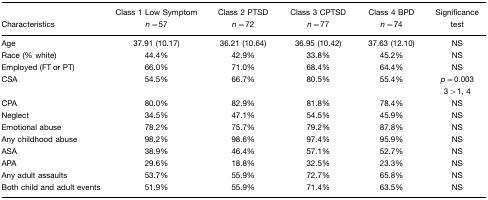
<table><thead><tr><td><b>Characteristics</b></td><td><b>Class 1 Low Symptom <i>n</i>=57</b></td><td><b>Class 2 PTSD <i>n</i>=72</b></td><td><b>Class 3 CPTSD <i>n</i>=77</b></td><td><b>Class 4 BPD <i>n</i>=74</b></td><td><b>Significance test</b></td></tr></thead><tbody><tr><td>Age</td><td>37.91 (10.17)</td><td>36.21 (10.64)</td><td>36.95 (10.42)</td><td>37.63 (12.10)</td><td>NS</td></tr><tr><td>Race (% white)</td><td>44.4%</td><td>42.9%</td><td>33.8%</td><td>45.2%</td><td>NS</td></tr><tr><td>Employed (FT or PT)</td><td>66.0%</td><td>71.0%</td><td>68.4%</td><td>64.4%</td><td>NS</td></tr><tr><td>CSA</td><td>54.5%</td><td>66.7%</td><td>80.5%</td><td>55.4%</td><td><i>p</i>=0.0033&gt;1, 4</td></tr><tr><td>CPA</td><td>80.0%</td><td>82.9%</td><td>81.8%</td><td>78.4%</td><td>NS</td></tr><tr><td>Neglect</td><td>34.5%</td><td>47.1%</td><td>54.5%</td><td>45.9%</td><td>NS</td></tr><tr><td>Emotional abuse</td><td>78.2%</td><td>75.7%</td><td>79.2%</td><td>87.8%</td><td>NS</td></tr><tr><td>Any childhood abuse</td><td>98.2%</td><td>98.6%</td><td>97.4%</td><td>95.9%</td><td>NS</td></tr><tr><td>ASA</td><td>38.9%</td><td>46.4%</td><td>57.1%</td><td>52.7%</td><td>NS</td></tr><tr><td>APA</td><td>29.6%</td><td>18.8%</td><td>32.5%</td><td>23.3%</td><td>NS</td></tr><tr><td>Any adult assaults</td><td>53.7%</td><td>55.9%</td><td>72.7%</td><td>65.8%</td><td>NS</td></tr><tr><td>Both child and adult events</td><td>51.9%</td><td>55.9%</td><td>71.4%</td><td>63.5%</td><td>NS</td></tr></tbody></table>